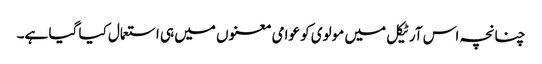
چنانچہ اس آرٹیکل میں مولوی کو عوامی معنوں میں ہی استعمال کیا گیا ہے۔